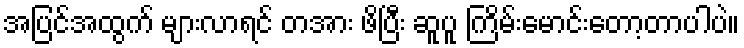
အပြင်အထွက် များလာရင် တအား ဖိပြီး ဆူပူ ကြိမ်းမောင်းတော့တာပါပဲ။